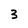
Character: 3